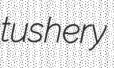
tushery